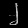
Digit: ၂